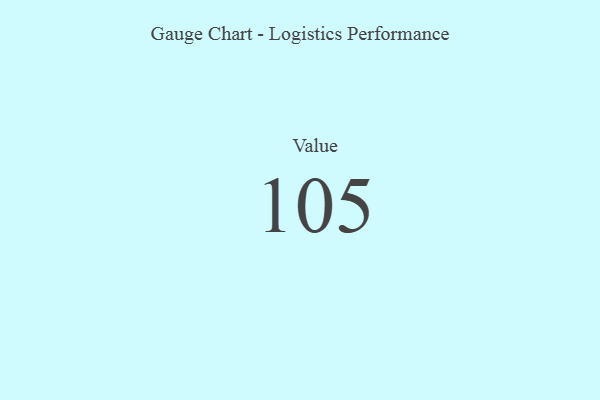
{"axis": {"x": "Metric", "y": "Value"}, "legend": [""], "data": [{"x": "Value", "y": 105, "type": ""}]}